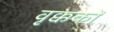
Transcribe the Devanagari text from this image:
वृक्ककों